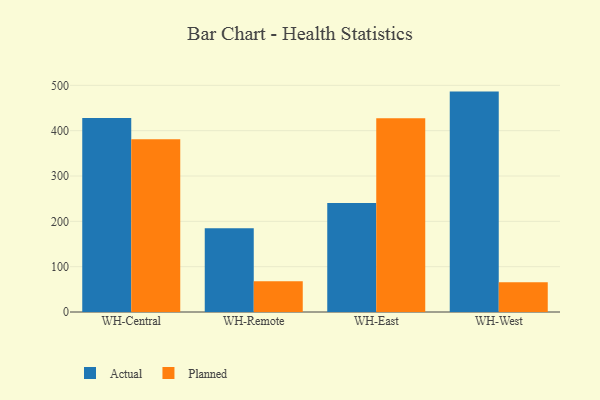
{"axis": {"x": "Warehouse", "y": "Latency (ms)"}, "legend": ["Actual", "Planned"], "data": [{"x": "WH-Central", "y": 428.1, "type": "Actual"}, {"x": "WH-Central", "y": 381.2, "type": "Planned"}, {"x": "WH-Remote", "y": 184.5, "type": "Actual"}, {"x": "WH-Remote", "y": 67.9, "type": "Planned"}, {"x": "WH-East", "y": 240.2, "type": "Actual"}, {"x": "WH-East", "y": 427.3, "type": "Planned"}, {"x": "WH-West", "y": 486.2, "type": "Actual"}, {"x": "WH-West", "y": 65.9, "type": "Planned"}]}